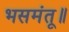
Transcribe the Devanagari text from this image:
भसमंतू॥